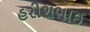
હરીશભાઈ